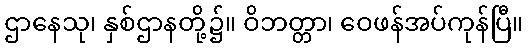
ဌာနေသု၊ နှစ်ဌာနတို့၌။ ဝိဘတ္တာ၊ ဝေဖန်အပ်ကုန်ပြီ။